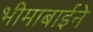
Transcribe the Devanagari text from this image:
भीमाबाईने